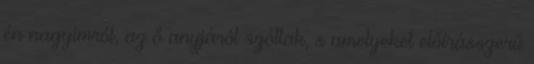
én nagyimról, az ő anyjáról szóltak, s amelyeket előírásszerű